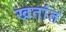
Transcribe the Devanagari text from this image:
खतांत